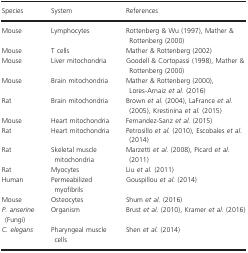
| Species | System | References |
 | --- | --- | --- |
 | Mouse | Lymphocytes | Rottenberg & Wu (1997), Mather & Rottenberg (2000) |
 | Mouse | T cells | Mather & Rottenberg (2002) |
 | Mouse | Liver mitochondria | Goodell & Cortopassi (1998), Mather & Rottenberg (2000) |
 | Mouse | Brain mitochondria | Mather & Rottenberg (2000), Lores‐Arnaiz et al. (2016) |
 | Rat | Brain mitochondria | Brown et al. (2004), LaFrance et al. (2005), Krestinina et al. (2015) |
 | Mouse | Heart mitochondria | Fernandez‐Sanz et al. (2015) |
 | Rat | Heart mitochondria | Petrosillo et al. (2010), Escobales et al. (2014) |
 | Rat | Skeletal muscle mitochondria | Marzetti et al. (2008), Picard et al. (2011) |
 | Rat | Myocytes | Liu et al. (2011) |
 | Human | Permeabilized myofibrils | Gouspillou et al. (2014) |
 | Mouse | Osteocytes | Shum et al. (2016) |
 | P. anserine (Fungi) | Organism | Brust et al. (2010), Kramer et al. (2016) |
 | C. elegans | Pharyngeal muscle cells | Shen et al. (2014) |